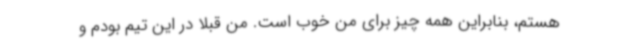
هستم، بنابراین همه چیز برای من خوب است. من قبلا در این تیم بودم و